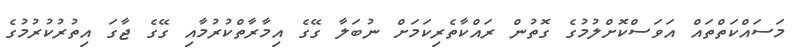
މަސައްކަތްތައް އަވަސްކޮށްލުމުގެ ގޮތުން ރައްކާތެރިކަމަށް ނުބަލާ ގޭގެ އިމާރާތްކުރުމާއި ގޭގެ ޖާގަ އިތުރުކުރުމުގެ